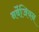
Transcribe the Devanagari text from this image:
नर्वेजियन